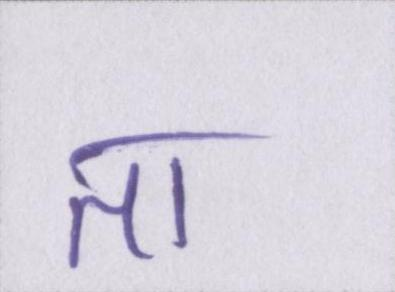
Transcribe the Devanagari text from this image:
ता